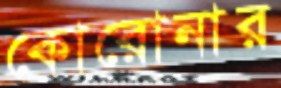
কোরোনার